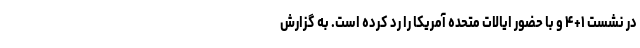
در نشست ۱+۴ و با حضور ایالات متحده آمریکا را رد کرده است. به گزارش